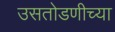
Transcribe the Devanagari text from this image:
उसतोडणीच्या